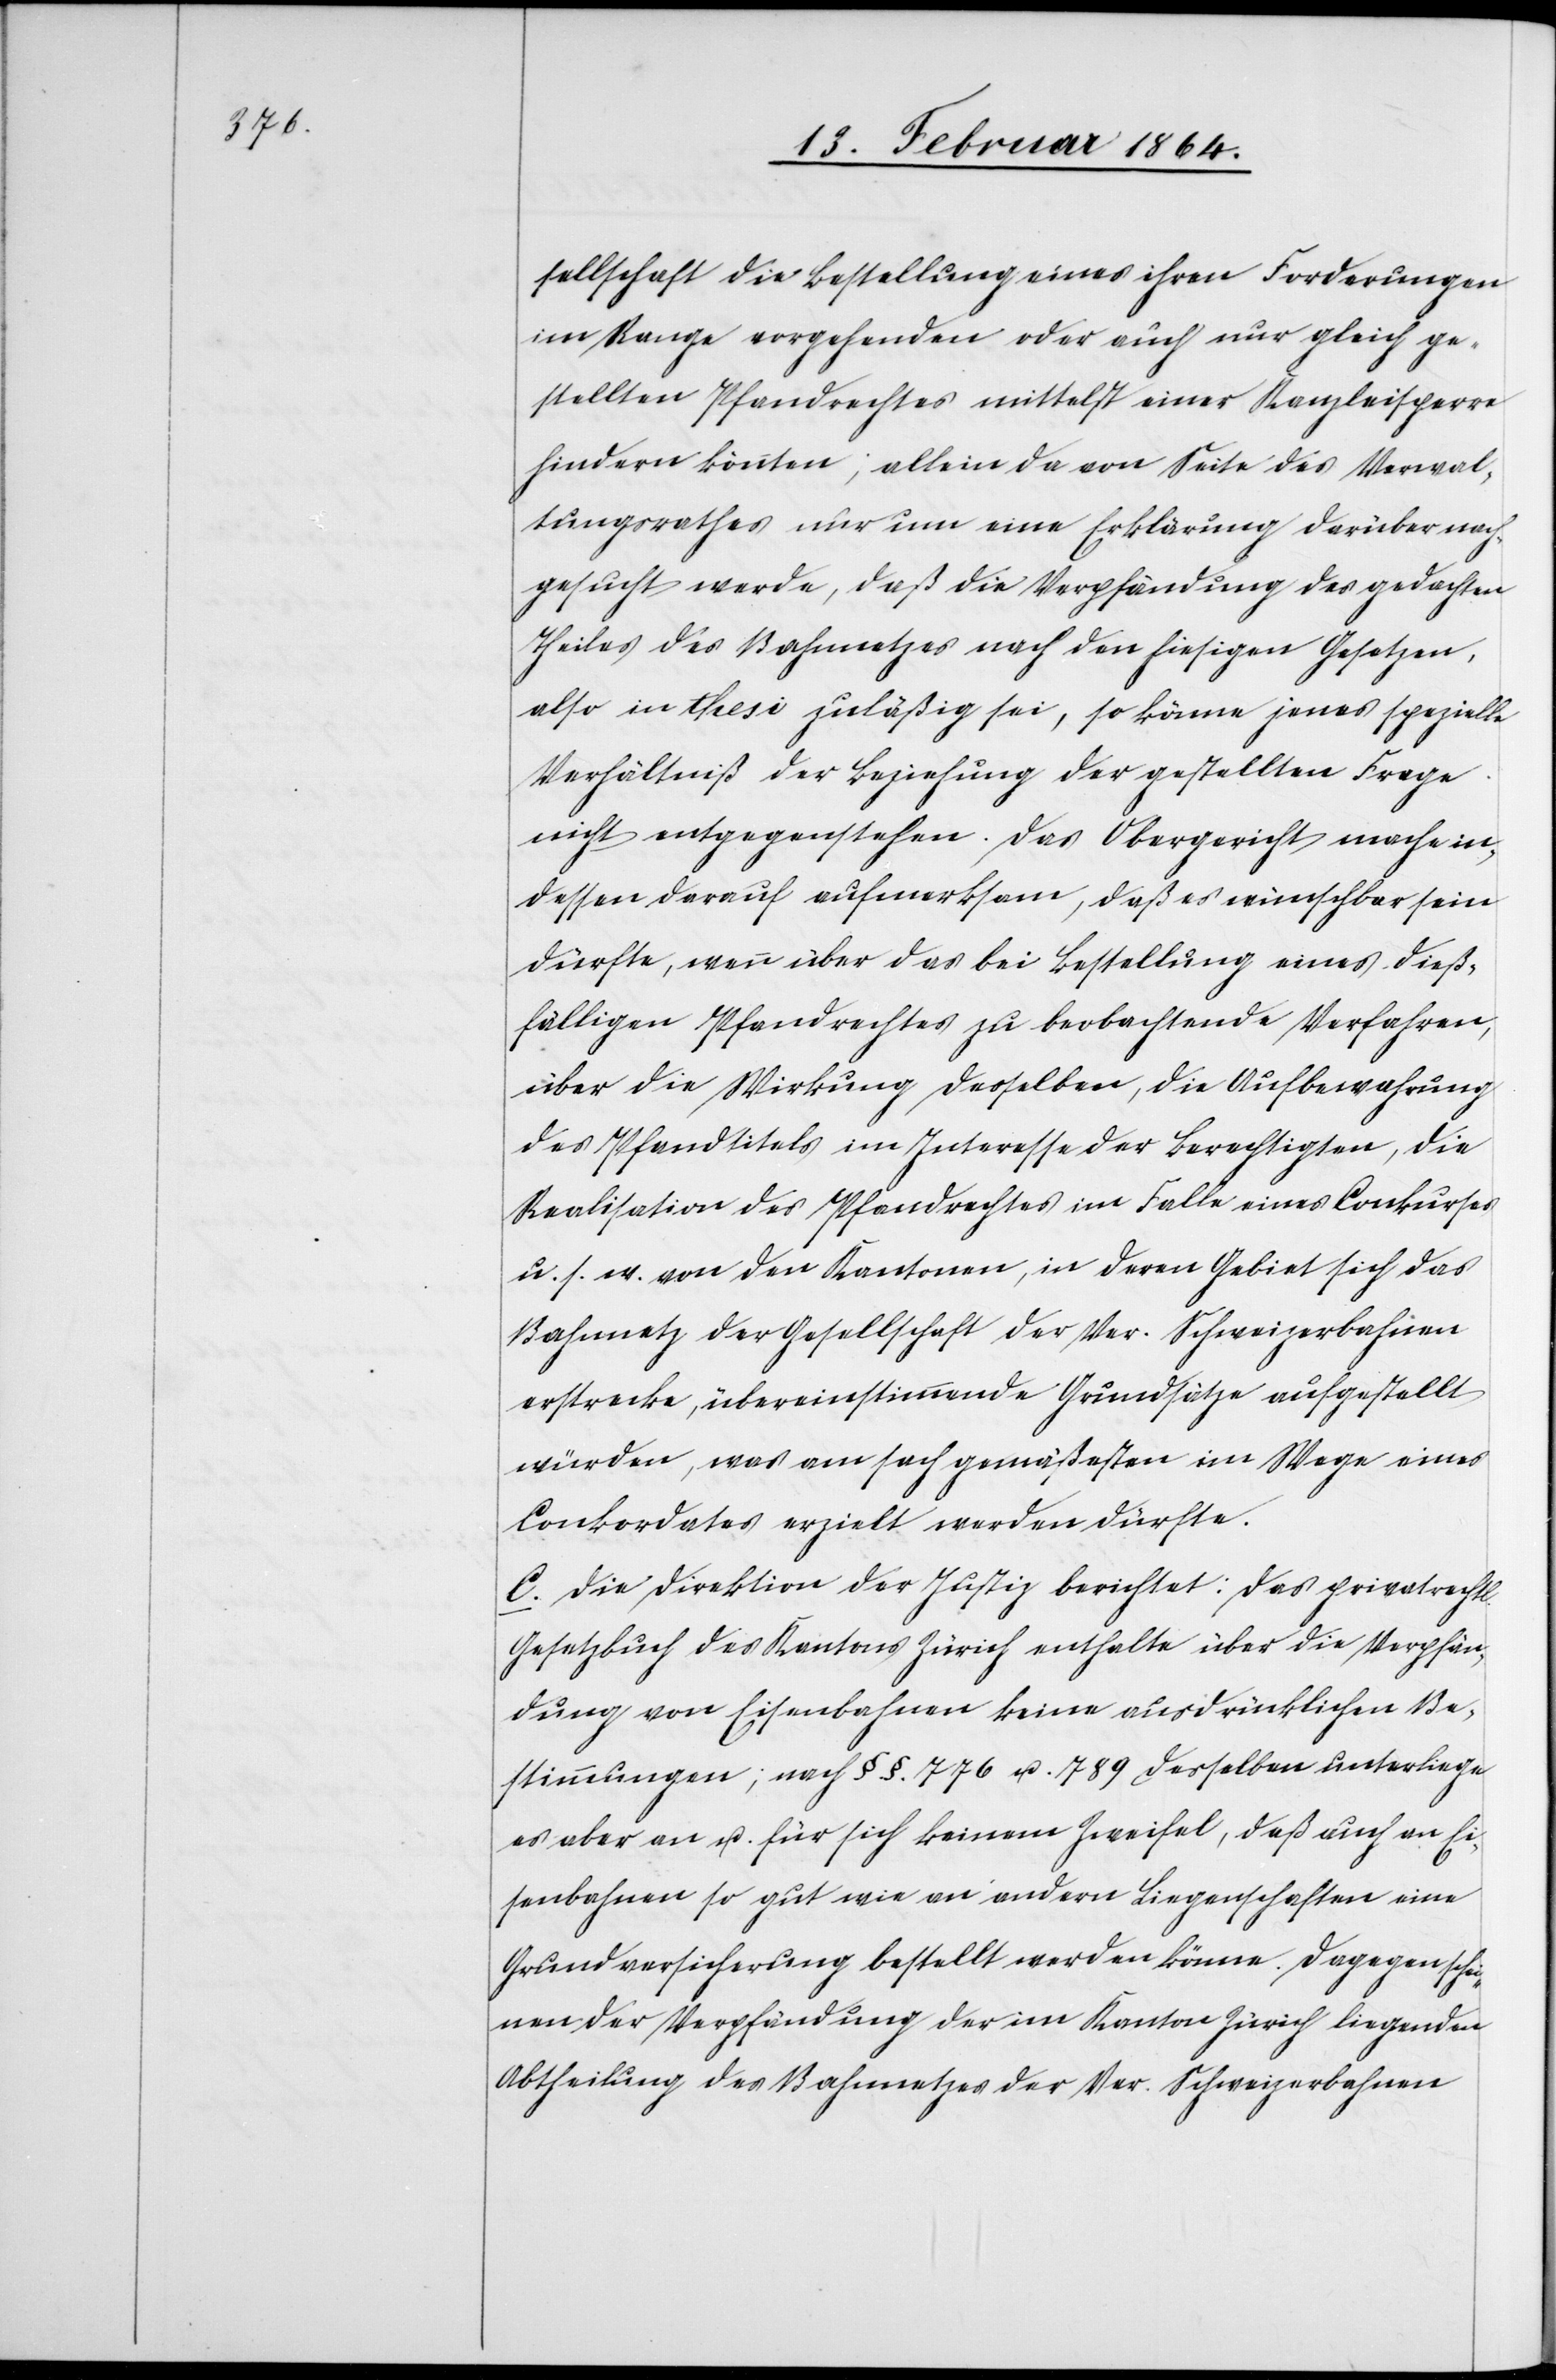
sellschaft die Bestellung eines ihren Forderungen
im Range vorgefunden oder auch nur gleich ge¬
stellten Pfandrechtes mittelst einer Kanzleisperre
hindern könnten; allein da von Seite des Verwal¬
tungsrathes nur um eine Erklärung darüber nach¬
gesucht werde, daß die Verpfändung des gedachten
Theiles des Bahnnetzes nach den hiesigen Gesetzen,
also in thesi zuläßig sei, so könne jenes spezielle
Verhältniß der Beziehung der gestellten Frage
nicht entgegenstehen. Das Obergericht mache in¬
dessen darauf aufmerksam, daß es wünschbar sein
dürfte, wenn über das bei Bestellung eines dieß¬
fälligen Pfandrechtes zu beobachtende Verfahren,
über die Wirkung desselben, die Aufbewahrung
des Pfandtitels im Interesse der Berechtigten, die
Realisation des Pfandrechtes im Falle eines Conkurses
u. s. w. von den Kantonen, in deren Gebiet sich das
Bahnnetz der Gesellschaft der Ver. Schweizerbahnen
erstrecke, übereinstimmende Grundsätze aufgestellt
würden, was am sachgemäßesten im Wege eines
Conkordates erzielt werden dürfte.
C. Die Direktion der Justiz berichtet: Das privatrechtl.
Gesetzbuch des Kantons Zürich enthalte über die Verpfän¬
dung von Eisenbahnen keine ausdrücklichen Be¬
stimmungen; nach §§. 776 u. 789 desselben unterliege
es aber an u. für sich keinem Zweifel, daß auch an Ei¬
senbahnen so gut wie an andern Liegenschaften eine
Grundversicherung bestellt werden könne. Dagegen schei¬
nen der Verpfändung der im Kanton Zürich liegenden
Abtheilung des Bahnnetzes der Ver. Schweizerbahnen